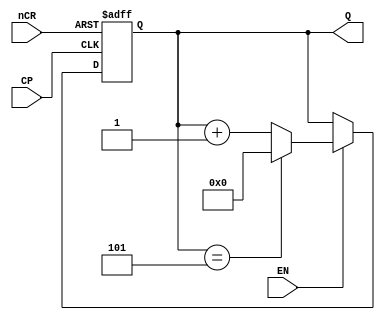
//***************** counter6.v (BCD: 0~5)******************
module counter6(Q, nCR, EN, CP);
    input CP, nCR, EN;
    output [3:0] Q;
    reg    [3:0] Q;
    always @(posedge CP or negedge nCR)
    begin
      if(~nCR)  Q <= 4'b0000;   // nCR0
      else if(~EN)  Q <= Q;     //EN=0,
      else if(Q == 4'b0101) Q <= 4'b0000;
      else 	Q <= Q + 1'b1;      //1
    end
endmodule